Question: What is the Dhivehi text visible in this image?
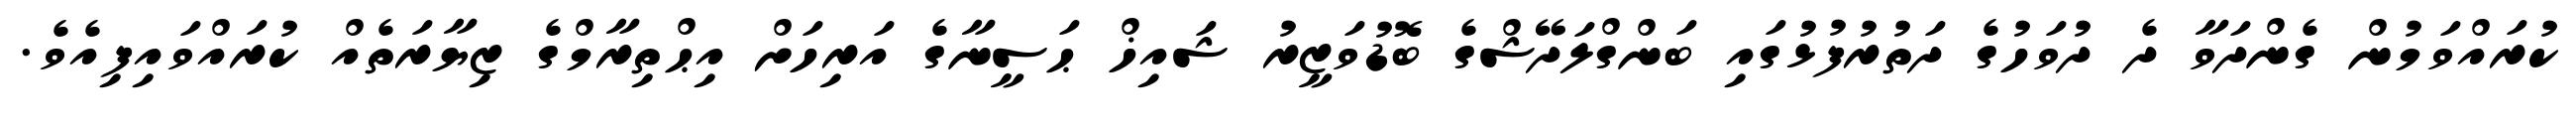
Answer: ކުރައްވަމުން ގެންދަވާ ދެ ދުވަހުގެ ދަތުރުފުޅުގައި ބަންގްލަދޭޝްގެ ބޮޑުވަޒީރު ޝައިޚް ޙަސީނާގެ އަރިހަށް އިޙްތިރާމްގެ ޒިޔާރަތެއް ކުރައްވައިފިއެވެ.